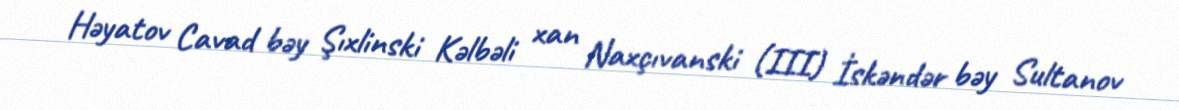
Həyatov Cavad bəy Şıxlinski Kəlbəli xan Naxçıvanski (III) İskəndər bəy Sultanov